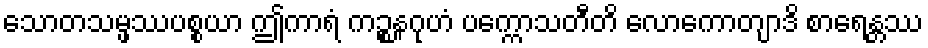
သောတသမ္ဖဿပစ္စယာ ဤကာရံ ကဉ္စနဂုဟံ ပက္ကောသတီတိ လောကောတျာဒိ စာရေန္တဿ